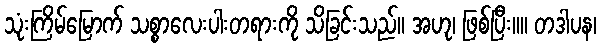
သုံးကြိမ်မြောက် သစ္စာလေးပါးတရားကို သိခြင်းသည်။ အဟု၊ ဖြစ်ပြီး။။ တဒါပန၊